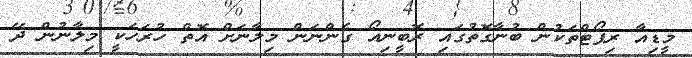
މީޑިއާ ރިޕޯޓްތަކުން ބުނާގޮތުގައި ރޮބީނިއޯ ގެންނަން މިލާނަށް އޮތް ހުރަހަކީ މިލާނުން ދޭ